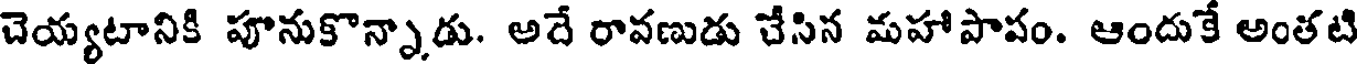
చెయ్యటానికి పూనుకొన్నాడు. అదే రావణుడు చేసిన మహాపాపం. ఆందుకే అంతటి